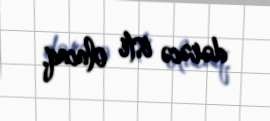
dərəcə isti olacaq.